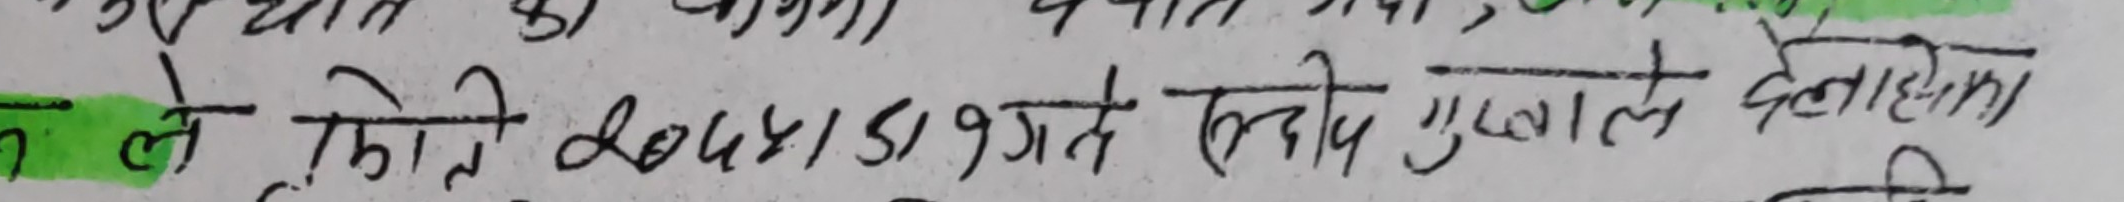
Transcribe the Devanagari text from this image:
नले. किने र०५४/१/१३ गते खुलालले देलाहाका